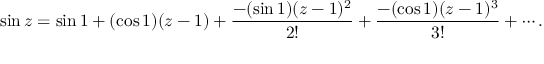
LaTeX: \sin z = \sin 1 + ( \cos 1 ) ( z - 1 ) + { \frac { - ( \sin 1 ) ( z - 1 ) ^ { 2 } } { 2 ! } } + { \frac { - ( \cos 1 ) ( z - 1 ) ^ { 3 } } { 3 ! } } + \cdots .